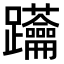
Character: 𨈅